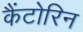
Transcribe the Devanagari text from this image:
कैंटोरिन